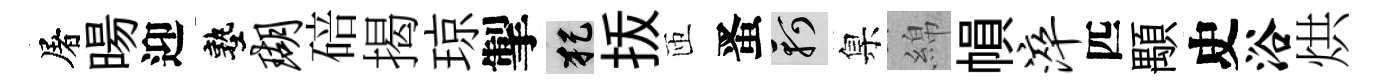
屠暘迎塾瑚碚揭琼掣犯㧞匝󱉠軻臬綿𢄙淬匹顒史浴烘